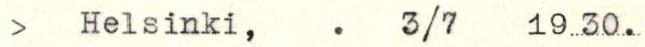
> Helsinki, . 3/7 19 30.